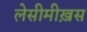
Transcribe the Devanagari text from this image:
लेसीमीख़स